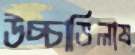
উচ্চাভিলাষ